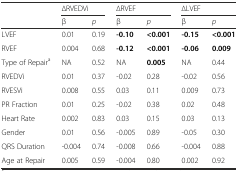
<table><thead><tr><td></td><td colspan="2"><b>∆RVEDVi</b></td><td colspan="2"><b>∆RVEF</b></td><td colspan="2"><b>∆LVEF</b></td></tr><tr><td></td><td><b>β</b></td><td><b><i>p</i></b></td><td><b>β</b></td><td><b><i>p</i></b></td><td><b>β</b></td><td><b><i>p</i></b></td></tr></thead><tbody><tr><td>LVEF</td><td>0.01</td><td>0.19</td><td><b>-0.10</b></td><td><b>&lt;0.001</b></td><td><b>-0.15</b></td><td><b>&lt;0.001</b></td></tr><tr><td>RVEF</td><td>0.004</td><td>0.68</td><td><b>-0.12</b></td><td><b>&lt;0.001</b></td><td><b>-0.06</b></td><td><b>0.009</b></td></tr><tr><td>Type of Repair<sup>a</sup></td><td>NA</td><td>0.52</td><td>NA</td><td><b>0.005</b></td><td>NA</td><td>0.44</td></tr><tr><td>RVEDVi</td><td>0.01</td><td>0.37</td><td>-0.02</td><td>0.28</td><td>-0.02</td><td>0.56</td></tr><tr><td>RVESVi</td><td>0.008</td><td>0.55</td><td>0.03</td><td>0.11</td><td>0.009</td><td>0.73</td></tr><tr><td>PR Fraction</td><td>0.01</td><td>0.25</td><td>-0.02</td><td>0.38</td><td>0.02</td><td>0.48</td></tr><tr><td>Heart Rate</td><td>0.002</td><td>0.83</td><td>0.03</td><td>0.15</td><td>0.03</td><td>0.13</td></tr><tr><td>Gender</td><td>0.01</td><td>0.56</td><td>-0.005</td><td>0.89</td><td>-0.05</td><td>0.30</td></tr><tr><td>QRS Duration</td><td>-0.004</td><td>0.74</td><td>-0.008</td><td>0.66</td><td>-0.004</td><td>0.88</td></tr><tr><td>Age at Repair</td><td>0.005</td><td>0.59</td><td>-0.004</td><td>0.80</td><td>0.002</td><td>0.92</td></tr></tbody></table>